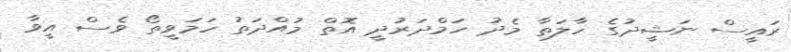
ރައީސް ނަޝީދުގެ ހާލަތާ މެދު ހަމްދަރުދީ އޮތް މުއްދަތު ހަމަވީތޯ ވެސް އީވާ